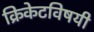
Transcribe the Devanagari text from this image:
क्रिकेटविषयी